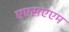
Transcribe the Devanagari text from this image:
एएसएएम